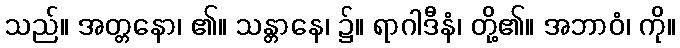
သည်။ အတ္တနော၊ ၏။ သန္တာနေ၊ ၌။ ရာဂါဒီနံ၊ တို့၏။ အဘာဝံ၊ ကို။